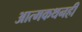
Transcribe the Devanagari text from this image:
आत्मकथनही